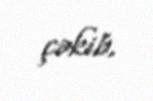
çəkib.